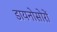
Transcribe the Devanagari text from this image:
डायनोसोरों